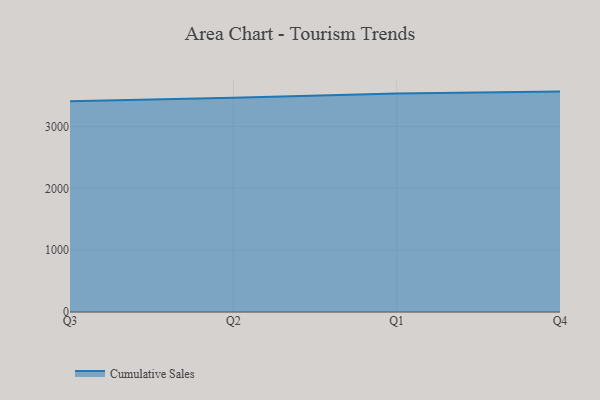
{"axis": {"x": "Quarter", "y": "Inventory Turnover"}, "legend": ["Cumulative Sales"], "data": [{"x": "Q3", "y": 3409.7, "type": "Cumulative Sales"}, {"x": "Q2", "y": 3463.4, "type": "Cumulative Sales"}, {"x": "Q1", "y": 3533.3, "type": "Cumulative Sales"}, {"x": "Q4", "y": 3563.8, "type": "Cumulative Sales"}]}